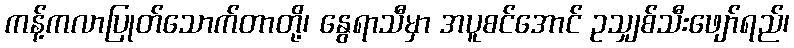
ကန့်ကလာပြုတ်သောက်တာတို့၊ နွေရာသီမှာ အပူစင်အောင် ဥသျှစ်သီးဖျော်ရည်၊